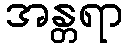
အန္တရာ